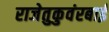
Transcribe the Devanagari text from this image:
राजेतुकुवंरबाई